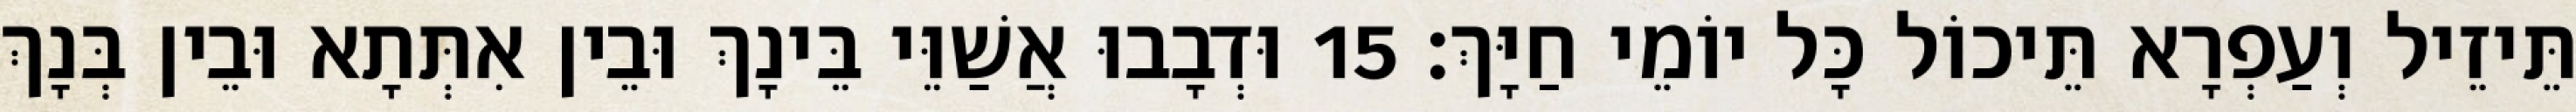
תֵּיזֵיל וְעַפְרָא תֵּיכוֹל כָּל יוֹמֵי חַיָּךְ׃ 15 וּדְבָבוּ אֲשַׁוֵּי בֵּינָךְ וּבֵין אִתְּתָא וּבֵין בְּנָךְ